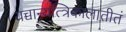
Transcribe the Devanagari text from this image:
यच्चान्यत्त्रिकालातीतं